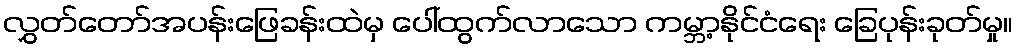
လွှတ်တော်အပန်းဖြေခန်းထဲမှ ပေါ်ထွက်လာသော ကမ္ဘာ့နိုင်ငံရေး ခြေပုန်းခုတ်မှု။